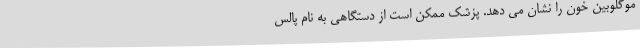
موگلوبین خون را نشان می دهد. پزشک ممکن است از دستگاهی به نام پالس